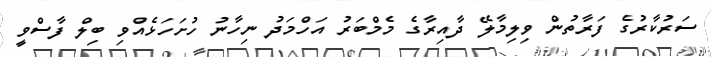
ސަރުކާރުގެ ފަރާތުން ވިލިމާލޭ ދާއިރާގެ މެމްބަރު އަހްމަދު ނިހާނު ހުށަހަޅެއްވި ބިލް ފާސްވީ